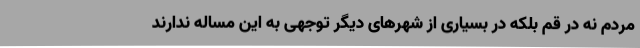
مردم نه در قم بلکه در بسیاری از شهرهای دیگر توجهی به این مساله ندارند